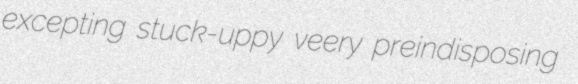
excepting stuck-uppy veery preindisposing